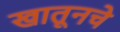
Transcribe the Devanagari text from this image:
खातूनचे